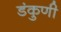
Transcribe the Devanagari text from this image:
डंकुणी